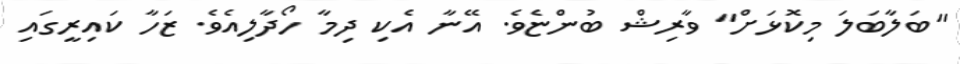
"ބަލާބަލަ މިކޮޅަށް" ވާރިޝް ބުންޏެވެ. އޭނާ އެކި ދިމާ ހޯދާލިއެވެ. ޒަހާ ކައިރީގައި